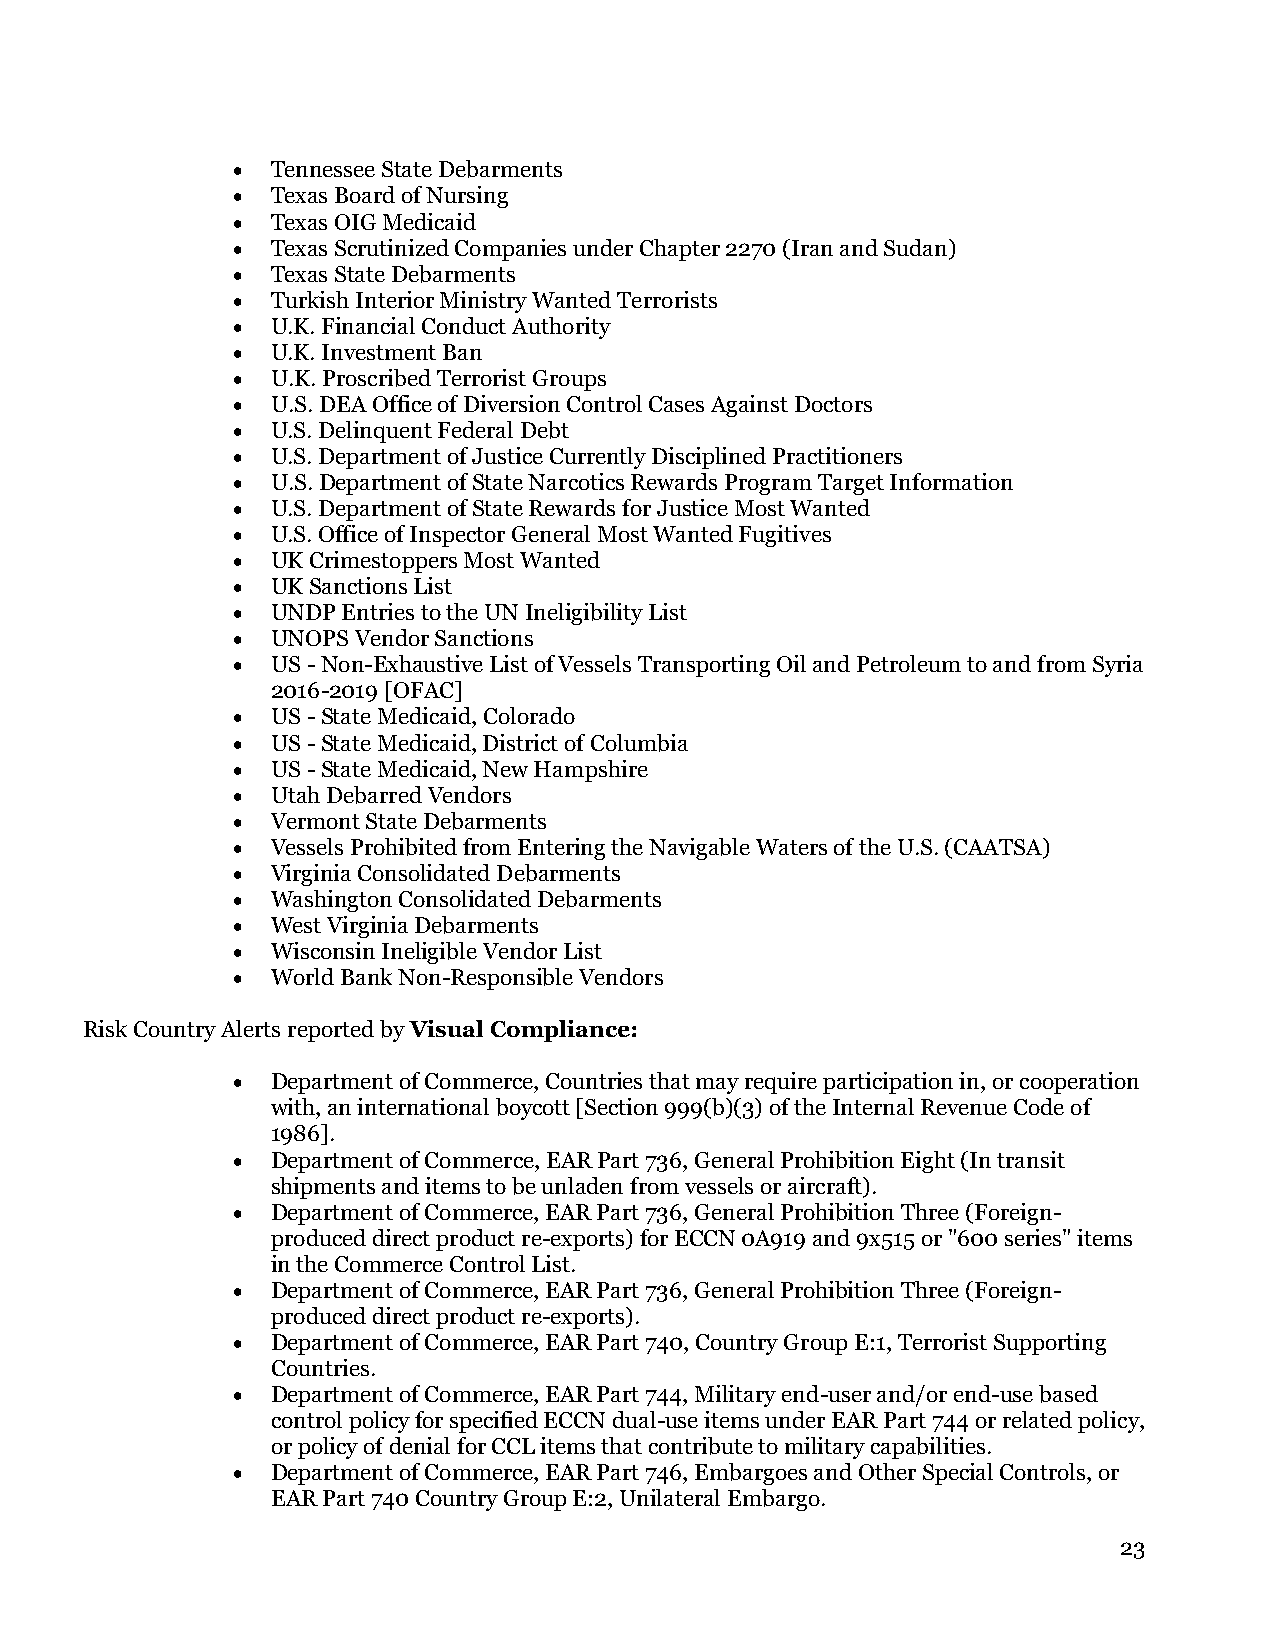
•  Tennessee State Debarments
 •  Texas Board of Nursing
 •  Texas OIG Medicaid
 •  Texas Scrutinized Companies under Chapter 2270 (Iran and Sudan)
 •  Texas State Debarments
 •  Turkish Interior Ministry Wanted Terrorists
 •  U.K. Financial Conduct Authority
 •  U.K. Investment Ban
 •  U.K. Proscribed Terrorist Groups
 •  U.S. DEA Office of Diversion Control Cases Against Doctors
 •  U.S. Delinquent Federal Debt
 •  U.S. Department of Justice Currently Disciplined Practitioners
 •  U.S. Department of State Narcotics Rewards Program Target Information
 •  U.S. Department of State Rewards for Justice Most Wanted
 •  U.S. Office of Inspector General Most Wanted Fugitives
 •  UK Crimestoppers Most Wanted
 •  UK Sanctions List
 •  UNDP Entries to the UN Ineligibility List
 •  UNOPS Vendor Sanctions
 •  US - Non-Exhaustive List of Vessels Transporting Oil and Petroleum to and from Syria
 2016-2019 [OFAC]
 •  US - State Medicaid, Colorado
 •  US - State Medicaid, District of Columbia
 •  US - State Medicaid, New Hampshire
 •  Utah Debarred Vendors
 •  Vermont State Debarments
 •  Vessels Prohibited from Entering the Navigable Waters of the U.S. (CAATSA)
 •  Virginia Consolidated Debarments
 •  Washington Consolidated Debarments
 •  West Virginia Debarments
 •  Wisconsin Ineligible Vendor List
 •  World Bank Non-Responsible Vendors
 Risk Country Alerts reported by Visual Compliance:
 •  Department of Commerce, Countries that may require participation in, or cooperation
 with, an international boycott [Section 999(b)(3) of the Internal Revenue Code of
 1986].
 •  Department of Commerce, EAR Part 736, General Prohibition Eight (In transit
 shipments and items to be unladen from vessels or aircraft).
 •  Department of Commerce, EAR Part 736, General Prohibition Three (Foreign-
 produced direct product re-exports) for ECCN 0A919 and 9x515 or "600 series" items
 in the Commerce Control List.
 •  Department of Commerce, EAR Part 736, General Prohibition Three (Foreign-
 produced direct product re-exports).
 •  Department of Commerce, EAR Part 740, Country Group E:1, Terrorist Supporting
 Countries.
 •  Department of Commerce, EAR Part 744, Military end-user and/or end-use based
 control policy for specified ECCN dual-use items under EAR Part 744 or related policy,
 or policy of denial for CCL items that contribute to military capabilities.
 •  Department of Commerce, EAR Part 746, Embargoes and Other Special Controls, or
 EAR Part 740 Country Group E:2, Unilateral Embargo.
 23